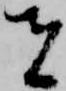
者